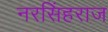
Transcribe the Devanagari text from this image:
नरसिंहराज